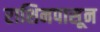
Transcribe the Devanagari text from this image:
राशिनपासून